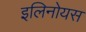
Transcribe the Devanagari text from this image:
इलिनोयस